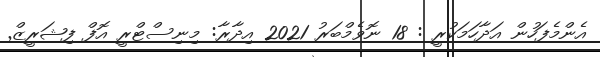
އެންމެފަހުން އަދާހަމަކުރީ : 18 ނޮވެމްބަރު 2021 އިދާރާ: މިނިސްޓްރީ އޮފް ފިޝަރީޒް